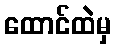
ထောင်ထဲမှ